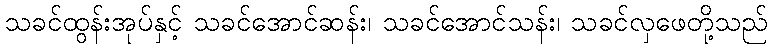
သခင်ထွန်းအုပ်နှင့် သခင်အောင်ဆန်း၊ သခင်အောင်သန်း၊ သခင်လှဖေတို့သည်